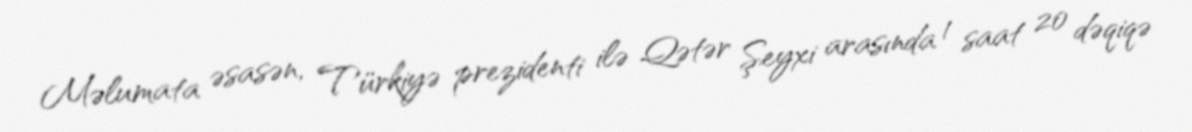
Məlumata əsasən, Türkiyə prezidenti ilə Qətər Şeyxi arasında 1 saat 20 dəqiqə